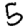
Digit: 5